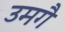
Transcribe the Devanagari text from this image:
उमगै